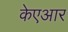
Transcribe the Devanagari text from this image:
केएआर